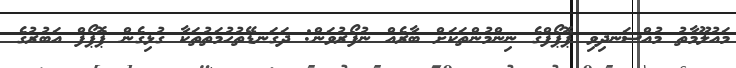
މައުލޫމާތު މުއްސަނދިވި ޕޮޕޯފްގެ ނިންމުންތަކަށް ބާރެއް ނުފޯރުވަން: ދަގަނޑޭތުހުމަތުތަކާ ގުޅިގެން ޕޮޕޯފް އަބުރުގެ